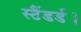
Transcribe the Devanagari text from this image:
स्टैंडर्ड।